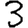
Digit: 3